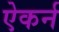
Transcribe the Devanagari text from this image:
ऐकर्न